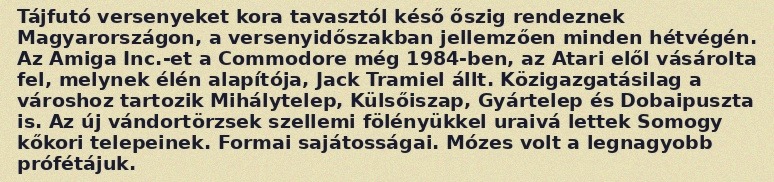
Tájfutó versenyeket kora tavasztól késő őszig rendeznek Magyarországon, a versenyidőszakban jellemzően minden hétvégén. Az Amiga Inc.-et a Commodore még 1984-ben, az Atari elől vásárolta fel, melynek élén alapítója, Jack Tramiel állt. Közigazgatásilag a városhoz tartozik Mihálytelep, Külsőiszap, Gyártelep és Dobaipuszta is. Az új vándortörzsek szellemi fölényükkel uraivá lettek Somogy kőkori telepeinek. Formai sajátosságai. Mózes volt a legnagyobb prófétájuk.